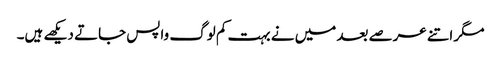
مگر اتنے عرصے بعد میں نے بہت کم لوگ واپس جاتے دیکھے ہیں۔